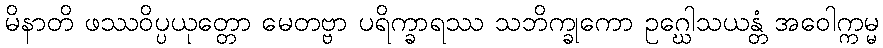
မိနာတိ ဖဿဝိပ္ပယုတ္တော မေတဗ္ဗာ ပရိက္ခာရဿ သဘိက္ခုကော ဥဂ္ဃေါသယန္တံ အဝေါက္ကမ္မ